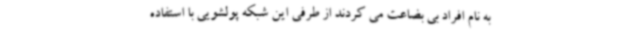
به نام افراد بی بضاعت می کردند از طرفی این شبکه پولشویی با استفاده